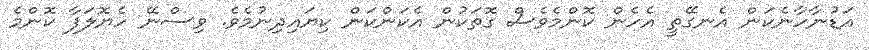
އަޑުނާހާނެކަން އެނގޭތީ އެހެން ކޮންމެވެސް ގޮތަކުން އެކަންކަން ކިޔައިދިނުމެވެ. ވިސްނޭ ހެޔޮލަފާ ކޮންމެ